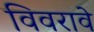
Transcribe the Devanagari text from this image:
विवरावे